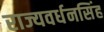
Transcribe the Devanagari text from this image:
राज्यवर्धनसिंह